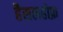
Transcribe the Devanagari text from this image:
हैसलहोफ़